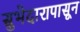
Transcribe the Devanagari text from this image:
सुभेदारापासून